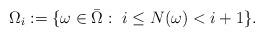
LaTeX: \begin{align*}\Omega_i:=\{\omega\in \bar \Omega:\,\, i\le N(\omega)<i+1\}.\end{align*}